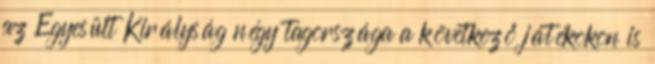
az Egyesült Királyság négy tagországa a következő játékokon is